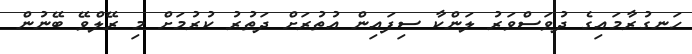
ހަނގުރާމައިގެ ދުވަސްވަރު ލަންކާ ސިފައިން އުތުރަށް ދަތުރު ކުރުމަށް މި ރޭލްވޭ ބޭނުން